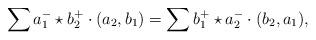
LaTeX: \begin{align*}\sum a^-_1 \star b^+_2 \cdot (a_2, b_1) = \sum b^+_1 \star a^-_2 \cdot (b_2, a_1), \,\ \end{align*}